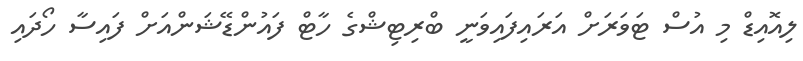
ލިއޮއިޑް މި އުސް ޓަވަރަށް އަރައިފައިވަނީ ބްރިޓިޝްގެ ހާޓް ފައުންޑޭޝަންއަށް ފައިސާ ހޯދައި